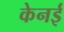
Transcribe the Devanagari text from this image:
केनई